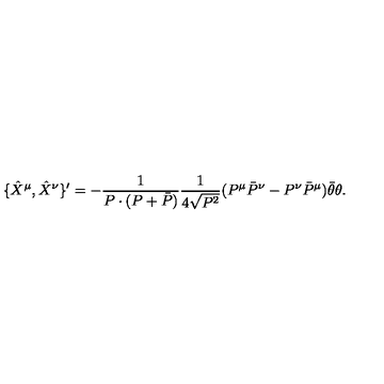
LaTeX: \{ \hat { X } ^ { \mu } , \hat { X } ^ { \nu } \} ^ { \prime } = - \frac { 1 } { P \cdot ( P + \bar { P } ) } \frac { 1 } { 4 \sqrt { P ^ { 2 } } } ( P ^ { \mu } \bar { P } ^ { \nu } - P ^ { \nu } \bar { P } ^ { \mu } ) \bar { \theta } \theta .